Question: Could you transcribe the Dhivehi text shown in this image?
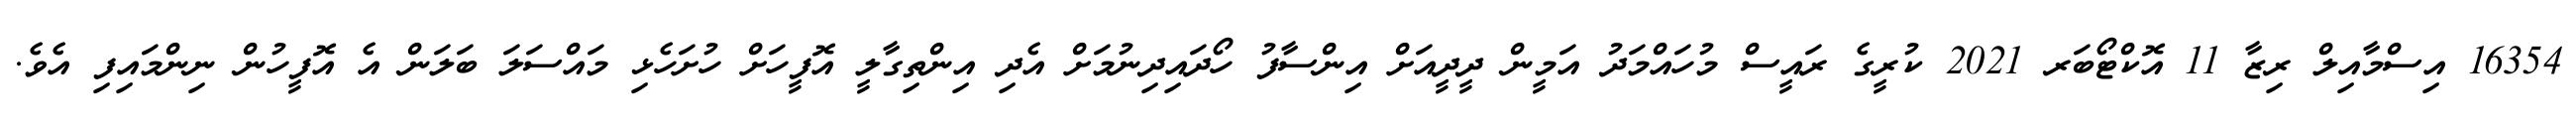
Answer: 16354 އިސްމާއިލް ރިޒާ 11 އޮކްޓޯބަރ 2021 ކުރީގެ ރައީސް މުހައްމަދު އަމީން ދީދީއަށް އިންސާފު ހޯދައިދިނުމަށް އެދި އިންތިގާލީ އޮފީހަށް ހުށަހެޅި މައްސަލަ ބަލަން އެ އޮފީހުން ނިންމައިފި އެވެ.